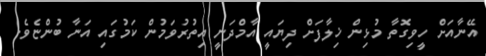
އޭނާއަށް ހީވިގޮތާ މުޅިން ޚިލާފަށް ދިޔައީ އާމްދަނީ އިތުރުވަމުން ކަމުގައި އަނާ ބުންޏެވެ.